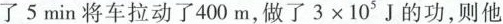
了5min将车拉动了400m，做了3×105^{5}J的功，则他